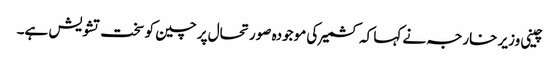
چینی وزیر خارجہ نے کہا کہ کشمیر کی موجودہ صورتحال پر چین کو سخت تشویش ہے۔